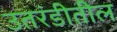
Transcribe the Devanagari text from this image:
उतरंडीतील